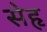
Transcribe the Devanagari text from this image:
सेहृ